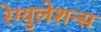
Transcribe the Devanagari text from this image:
रेग्युलेशन्स